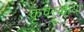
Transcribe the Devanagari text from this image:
कृपस्काया